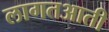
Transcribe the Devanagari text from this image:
लागतआती